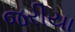
જરીયા